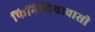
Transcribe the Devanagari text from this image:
फिनिशियावासी